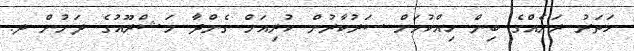
ހަތަރު ރަށެއްގެ ބިން ހިއްކުމަށް ސަރުކާރުން ކުރިއަށް ގެންދާ މަޝްރޫއުގެ ދަށުން ދ.